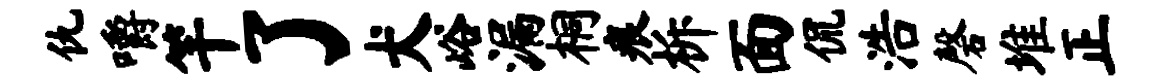
仇嚼竿了犬峪漏桐痕柝面侃浩磬堆正